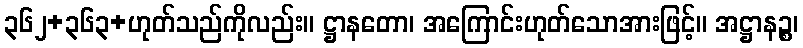
၃၆၂+၃၆၃+ဟုတ်သည်ကိုလည်း။ ဋ္ဌာနတော၊ အကြောင်းဟုတ်သောအားဖြင့်။ အဋ္ဌာနဉ္စ၊